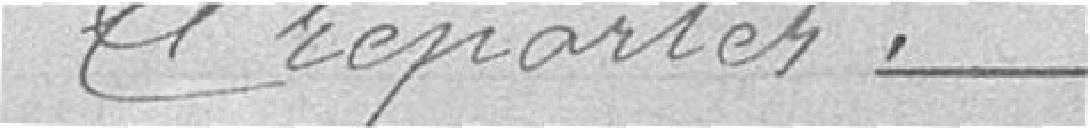
à reporter